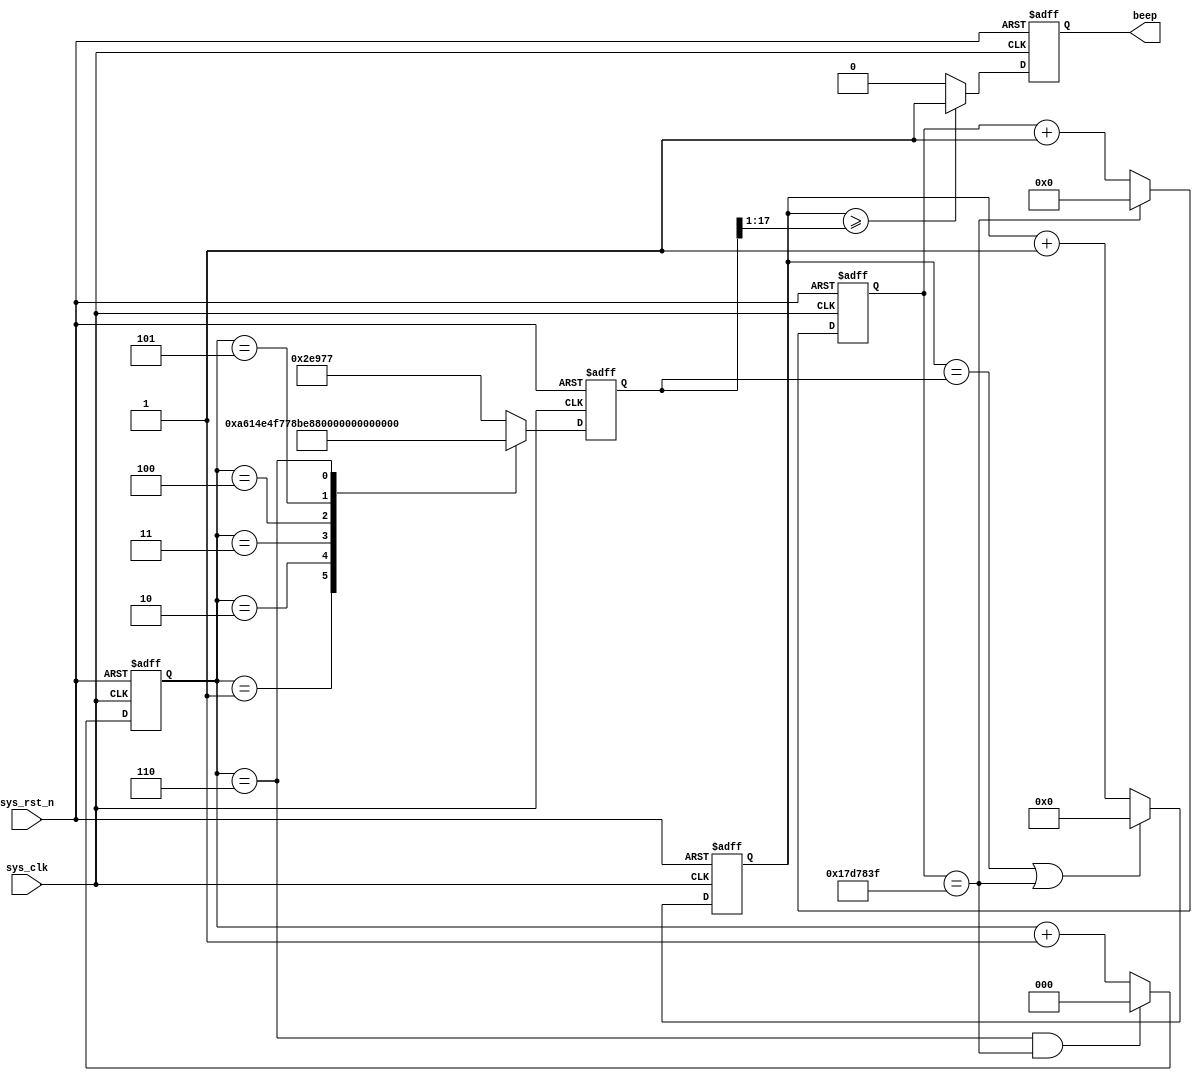
module beep
#(
	parameter 	CNT_MAX = 25'd24_999_999,
	parameter 	DO 		= 18'd190839	,
	parameter 	RE 		= 18'd170067	,
	parameter 	MI 		= 18'd151415	,
	parameter 	FA 		= 18'd143265	,
	parameter 	SO 		= 18'd127550	,
	parameter 	LA 		= 18'd113635	,
	parameter 	XI 		= 18'd101214	
)
(
	input 		wire 		sys_clk		,
	input 		wire 		sys_rst_n	,
	
	output 		reg 		beep 		
);

reg		[24:0] 		cnt 		;
reg 	[2:0 ]		cnt_500ms 	;
reg 	[17:0]		freq_cnt	;
reg 	[17:0]		freq_data	;
wire 	[16:0]		duty_date	;

always@(posedge sys_clk or negedge sys_rst_n)
	if(sys_rst_n == 1'b0)
		cnt <= 25'd0;
	else if(cnt == CNT_MAX)
		cnt <= 25'd0;
	else 
		cnt <= cnt + 25'd1;

always@(posedge sys_clk or negedge sys_rst_n)
	if(sys_rst_n == 1'b0)
		cnt_500ms <= 3'd0;
	else if((cnt_500ms == 3'd6) && (cnt == CNT_MAX))
		cnt_500ms <= 3'd0;
	else 
		cnt_500ms <= cnt_500ms + 3'd1;

always@(posedge sys_clk or negedge sys_rst_n)
	if(sys_rst_n == 1'b0)
		freq_cnt <= 18'd0;
	else if((freq_cnt == freq_data) || (cnt == CNT_MAX))
		freq_cnt <= 18'd0;
	else 
		freq_cnt <= freq_cnt + 18'd1;

always@(posedge sys_clk or negedge sys_rst_n)
	if(sys_rst_n == 1'b0)
		freq_data <= DO;
	else case(cnt_500ms)
		3'd0:	freq_data <= DO		 ;
		3'd1:	freq_data <= RE		 ;
		3'd2:	freq_data <= MI		 ;
		3'd3:	freq_data <= FA		 ;
		3'd4:	freq_data <= SO		 ;
		3'd5:	freq_data <= LA		 ;
		3'd6:	freq_data <= XI		 ;
		default :freq_data <= DO	 ;
	endcase 
	
assign duty_date = freq_data >> 1	;

always@(posedge sys_clk or negedge sys_rst_n)
	if(sys_rst_n == 1'b0)
		beep <= 1'b0;
	else if(freq_cnt >= duty_date)
		beep <= 1'b1;
	else 
		beep <= 1'b0;
		

	
endmodule